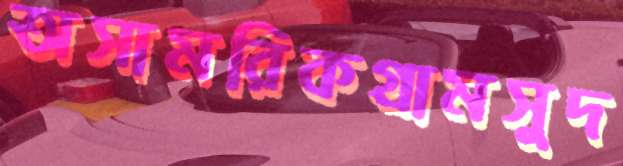
অসামরিকগ্রামসুদ